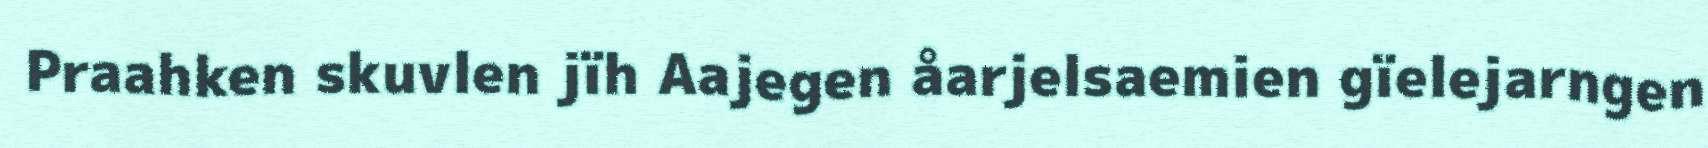
Praahken skuvlen jïh Aajegen åarjelsaemien gïelejarngen